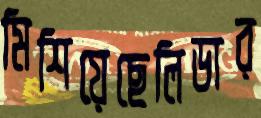
মিশিয়েছেলিডার